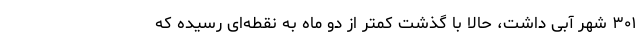
۳۰۱ شهر آبی داشت، حالا با گذشت کمتر از دو ماه به نقطه‌ای رسیده که